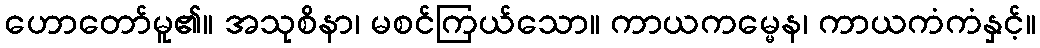
ဟောတော်မူ၏။ အသုစိနာ၊ မစင်ကြယ်သော။ ကာယကမ္မေန၊ ကာယကံကံနှင့်။